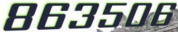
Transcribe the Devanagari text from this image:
८६३५०६